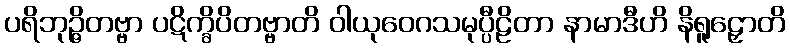
ပရိဘုဉ္ဇိတဗ္ဗာ ပဋိက္ခိပိတဗ္ဗာတိ ဝါယုဝေဂသမုပ္ပီဠိတာ နာမာဒီဟိ နိရူဠှောတိ